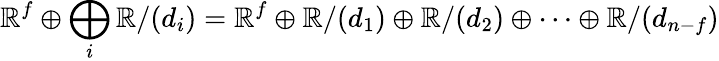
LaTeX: \mathbb{R}^{f}\oplus\bigoplus_{i}\mathbb{R}/(d_{i})=\mathbb{R}^{f}\oplus\mathbb{R}/(d_{1})\oplus\mathbb{R}/(d_{2})\oplus\cdots\oplus\mathbb{R}/(d_{n-f})